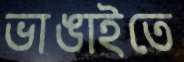
ভাঙাইতে